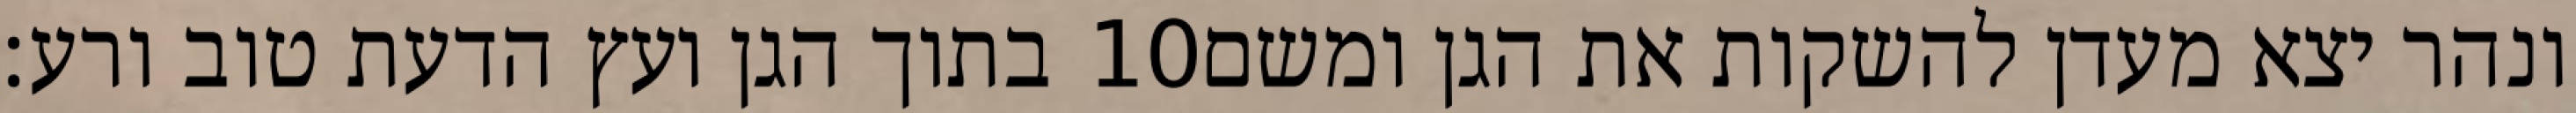
בתוך הגן ועץ הדעת טוב ורע׃ ‎10‏ ונהר יצא מעדן להשקות את הגן ומשם